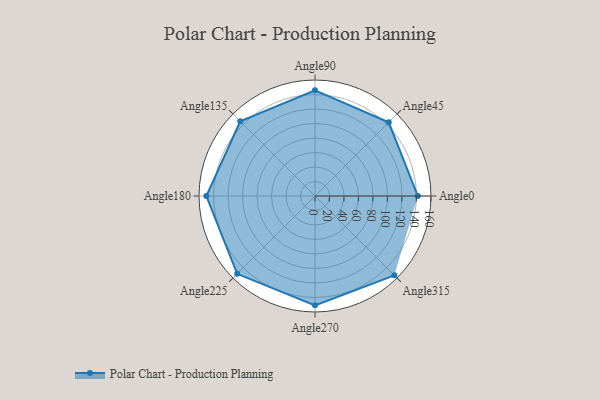
{"axis": {"x": "Angle", "y": "Radius"}, "legend": [""], "data": [{"x": "Angle0", "y": 142.0, "type": ""}, {"x": "Angle45", "y": 144.0, "type": ""}, {"x": "Angle90", "y": 146.0, "type": ""}, {"x": "Angle135", "y": 146.0, "type": ""}, {"x": "Angle180", "y": 150.0, "type": ""}, {"x": "Angle225", "y": 152.0, "type": ""}, {"x": "Angle270", "y": 151.0, "type": ""}, {"x": "Angle315", "y": 155.0, "type": ""}]}